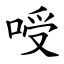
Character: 㖟